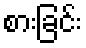
စားခြင်း